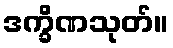
ဒက္ခိဏသုတ်။